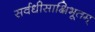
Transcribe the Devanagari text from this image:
सर्वधीसाक्षिभूतम्